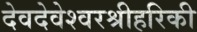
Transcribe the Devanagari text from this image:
देवदेवेश्वरश्रीहरिकी